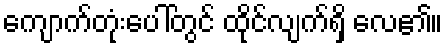
ကျောက်တုံးပေါ်တွင် ထိုင်လျက်ရှိ လေ၏။